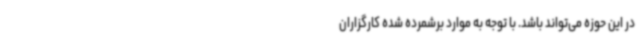
در این حوزه می‌تواند باشد. با توجه به موارد برشمرده شده کارگزاران